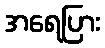
အရေပြား